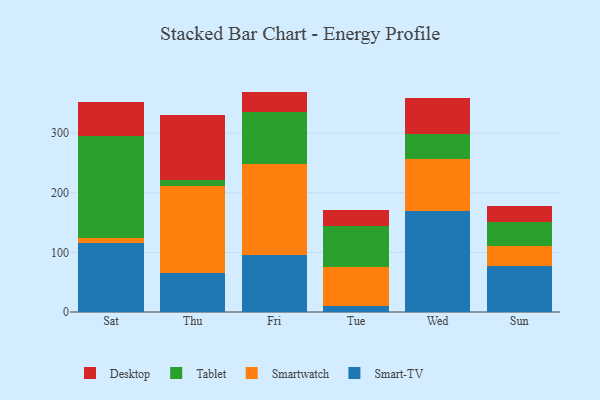
{"axis": {"x": "Day", "y": "Energy Usage (MWh)"}, "legend": ["Desktop", "Smart-TV", "Smartwatch", "Tablet"], "data": [{"x": "Sat", "y": 115.2, "type": "Smart-TV"}, {"x": "Sat", "y": 8.2, "type": "Smartwatch"}, {"x": "Sat", "y": 171.3, "type": "Tablet"}, {"x": "Sat", "y": 57.0, "type": "Desktop"}, {"x": "Thu", "y": 65.6, "type": "Smart-TV"}, {"x": "Thu", "y": 146.5, "type": "Smartwatch"}, {"x": "Thu", "y": 8.9, "type": "Tablet"}, {"x": "Thu", "y": 109.3, "type": "Desktop"}, {"x": "Fri", "y": 96.2, "type": "Smart-TV"}, {"x": "Fri", "y": 152.1, "type": "Smartwatch"}, {"x": "Fri", "y": 87.3, "type": "Tablet"}, {"x": "Fri", "y": 34.2, "type": "Desktop"}, {"x": "Tue", "y": 9.4, "type": "Smart-TV"}, {"x": "Tue", "y": 65.9, "type": "Smartwatch"}, {"x": "Tue", "y": 68.3, "type": "Tablet"}, {"x": "Tue", "y": 28.3, "type": "Desktop"}, {"x": "Wed", "y": 168.8, "type": "Smart-TV"}, {"x": "Wed", "y": 88.4, "type": "Smartwatch"}, {"x": "Wed", "y": 42.1, "type": "Tablet"}, {"x": "Wed", "y": 59.4, "type": "Desktop"}, {"x": "Sun", "y": 77.1, "type": "Smart-TV"}, {"x": "Sun", "y": 33.4, "type": "Smartwatch"}, {"x": "Sun", "y": 40.6, "type": "Tablet"}, {"x": "Sun", "y": 26.6, "type": "Desktop"}]}